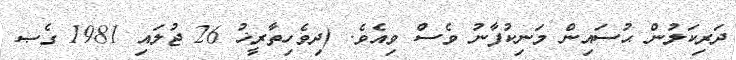
ދަރިކަލުން ޙުސައިން މަނިކުފާނު ވެސް ވިއެވެ. (ދިވެހިތާރީޚު 26 ޖުލައި 1981 ގެޞ